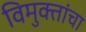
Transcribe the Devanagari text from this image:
विमुक्तांचा